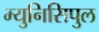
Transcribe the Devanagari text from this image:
म्युनिसिपुल